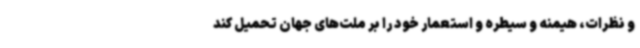
و نظرات، هیمنه و سیطره و استعمار خود را بر ملت‌های جهان تحمیل کند